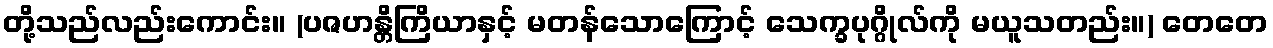
တို့သည်လည်းကောင်း။ (ပဇဟန္တိကြိယာနှင့် မတန်သောကြောင့် သေက္ခပုဂ္ဂိုလ်ကို မယူသတည်း။) တေတေ